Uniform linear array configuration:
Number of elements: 64
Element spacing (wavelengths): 1
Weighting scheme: kaiser
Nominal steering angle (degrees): -45
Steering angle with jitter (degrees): -45.51
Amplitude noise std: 0.05
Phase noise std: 0.05

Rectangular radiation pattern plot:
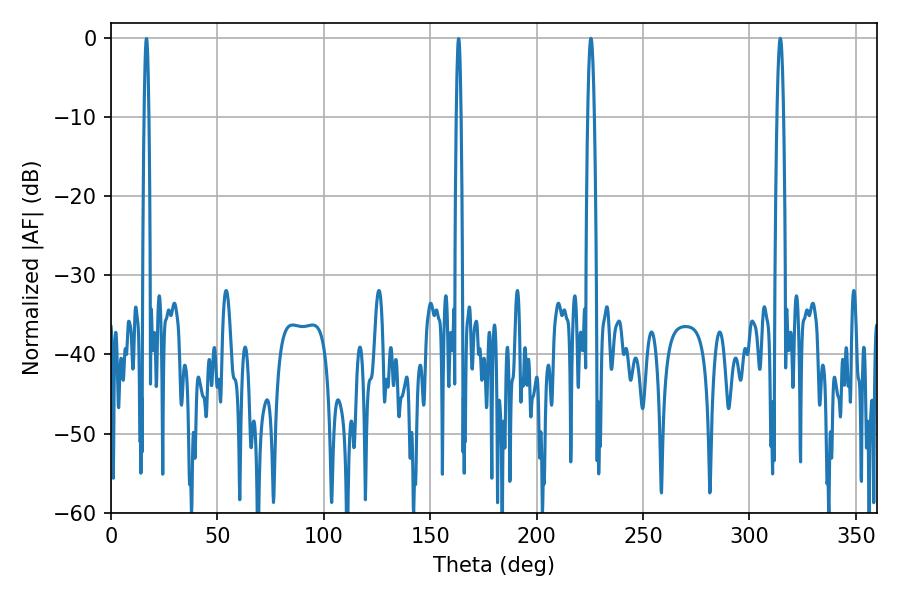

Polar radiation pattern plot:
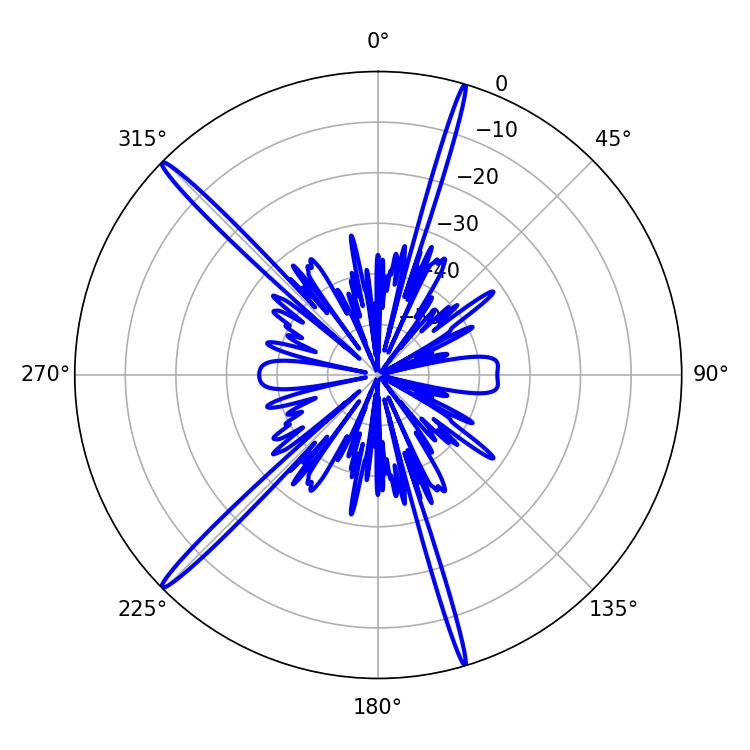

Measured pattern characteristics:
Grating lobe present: TRUE
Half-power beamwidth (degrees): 1.62
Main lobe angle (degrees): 314.46